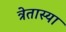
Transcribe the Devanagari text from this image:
त्रेतास्या